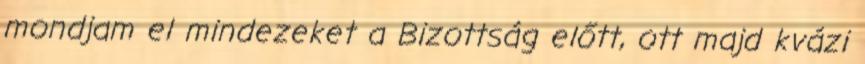
mondjam el minde­zeket a Bizottság előtt, ott majd kvázi